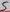
Text: 7